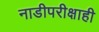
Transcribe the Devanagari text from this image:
नाडीपरीक्षाही